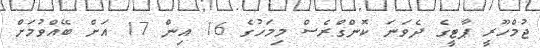
ޖުމްހޫރީ ޕާޓީގެ ދެވަނަ ކޮންގްރެސް މިމަހުގެ 16 އިން 17 އަށް ބޭއްވުމަށް